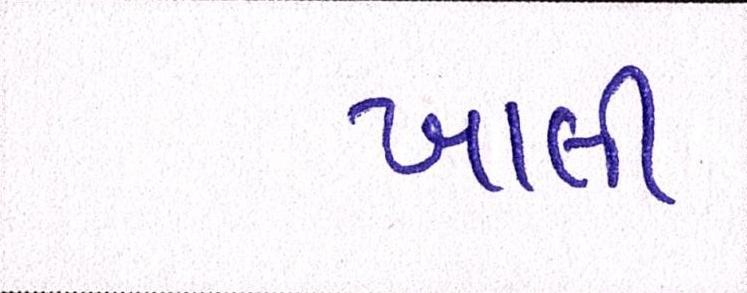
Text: ખાલી